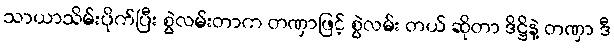
သာယာသိမ်းပိုက်ပြီး စွဲလမ်းတာက တဏှာဖြင့် စွဲလမ်း တယ် ဆိုတာ ဒိဋ္ဌိနဲ့ တဏှာ ဒီ